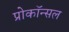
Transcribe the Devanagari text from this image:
प्रोकॉन्सल